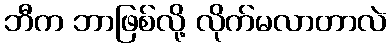
ဘီက ဘာဖြစ်လို့ လိုက်မလာတာလဲ